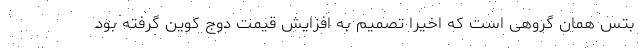
بتس همان گروهی است که اخیراً تصمیم به افزایش قیمت دوج کوین گرفته بود